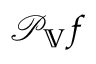
\mathcal { P } _ { \mathbb { V } } f